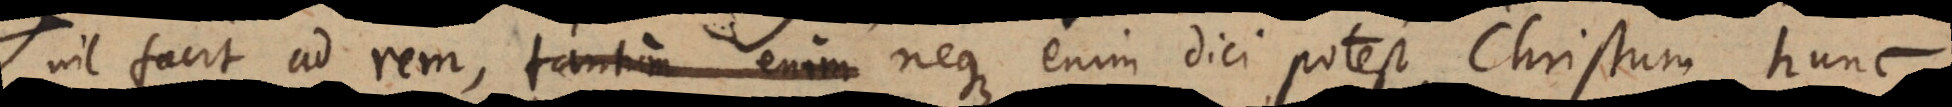
nil facit ad rem, neque enim dici potest, Christum hunc